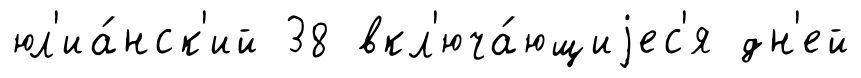
юл'иа́нск'ий 38 вкл'юча́ющиjес'я дн'ей